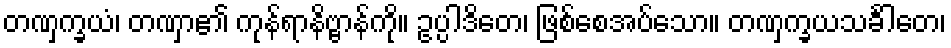
တဏှက္ခယံ၊ တဏှာ၏ ကုန်ရာနိဗ္ဗာန်ကို။ ဥပ္ပါဒိတေ၊ ဖြစ်စေအပ်သော။ တဏှက္ခယသင်္ခါတေ၊